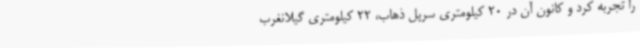
را تجربه کرد و کانون آن در 20 کیلومتری سرپل ذهاب، 22 کیلومتری گیلانغرب